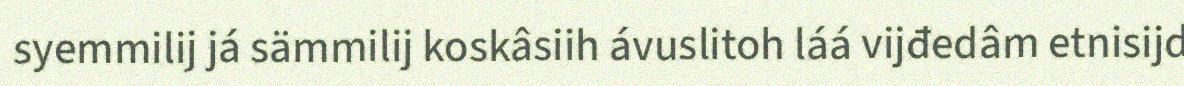
syemmilij já sämmilij koskâsiih ávuslitoh láá vijđedâm etnisijd